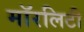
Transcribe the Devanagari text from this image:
मॉरलिटी